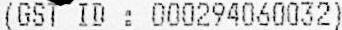
(GST ID : 000294060032)